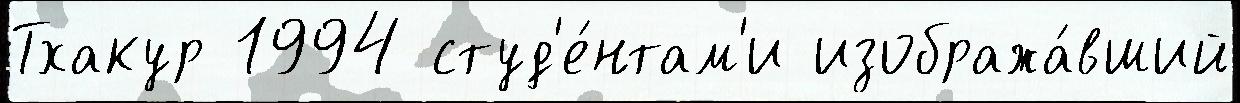
Тхакур 1994 студ'е́нтам'и изобража́вший